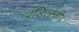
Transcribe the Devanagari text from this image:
वडिलंनी